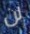
لن